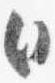
日